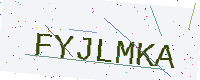
Text: FYJLMKA